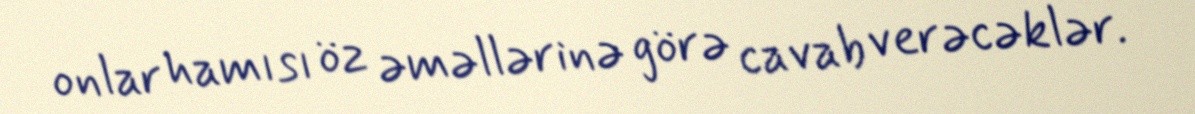
onlar hamısı öz əməllərinə görə cavab verəcəklər.